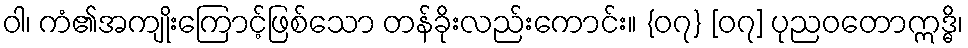
ဝါ၊ ကံ၏အကျိုးကြောင့်ဖြစ်သော တန်ခိုးလည်းကောင်း။ {၀၇} [၀၇] ပုညဝတောဣဒ္ဓိ၊